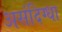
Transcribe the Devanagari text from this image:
असंदिग्धा